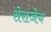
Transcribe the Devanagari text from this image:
सेराजेय